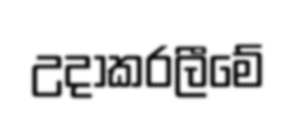
උදාකරලීමේ